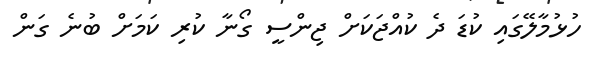
ހުޅުމާލޭގައި ކުޑަ ދެ ކުއްޖަކަށް ޖިންސީ ގޯނާ ކުރި ކަމަށް ބުނެ ގަން